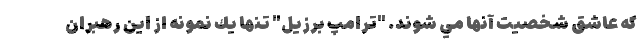
كه عاشق شخصيت آنها مي شوند. "ترامپ برزيل" تنها يك نمونه از اين رهبران